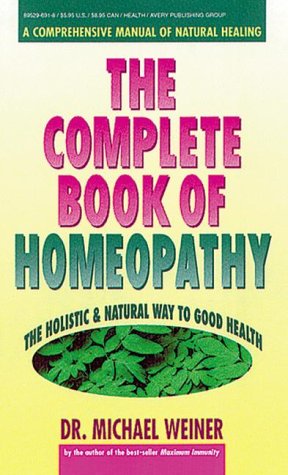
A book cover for The Complete Book of Homeopathy; Michael A. Weiner; Health, Fitness & Dieting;